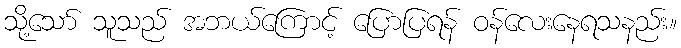
သို့သော် သူသည် အဘယ်ကြောင့် ပြောပြရန် ဝန်လေးနေရသနည်း။